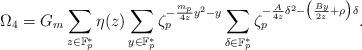
LaTeX: \begin{align*}\Omega_4= G_m \sum_{z\in \mathbb{F}_p^*} \eta(z)\sum_{y\in \mathbb{F}_p^*}\zeta_p^{-\frac{m_p}{4z}y^2-y}\sum_{\delta \in \mathbb{F}_p^*}\zeta_p^{- \frac{A}{4z} \delta^2 -\big( \frac{By}{2z}+\rho \big)\delta }.\end{align*}